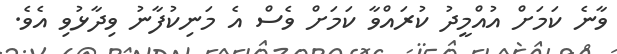
ވާނެ ކަމަށް އުއްމީދު ކުރައްވާ ކަމަށް ވެސް އެ މަނިކުފާނު ވިދާޅުވި އެވެ.